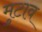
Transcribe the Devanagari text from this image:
मुटाव